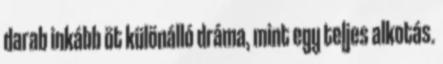
darab inkább öt különálló dráma, mint egy teljes alkotás.